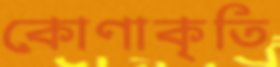
কোণাকৃতি